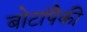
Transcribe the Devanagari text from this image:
बोटांपैकी